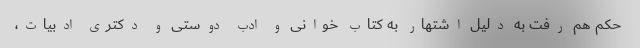
حکم هم رفت به دلیل اشتهار به کتاب خوانی و ادب دوستی و دکتری ادبیات،